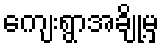
ကျေးရွာအချို့မှ